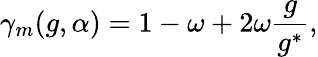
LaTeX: \gamma_{m}(g,\alpha)=1-\omega+2\omega\frac{g}{g^{*}},